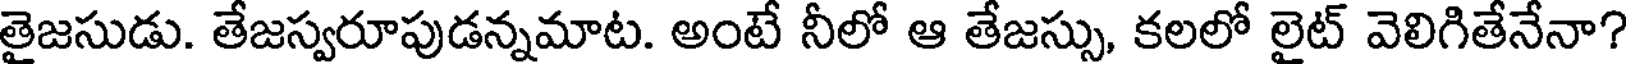
తైజసుడు. తేజస్వరూపుడన్నమాట. అంటే నీలో ఆ తేజస్సు, కలలో లైట్ వెలిగితేనేనా?